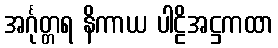
အင်္ဂုတ္တရ နိကာယ ပါဠိအဋ္ဌကထာ